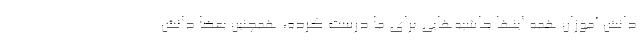
دانش آموزان همه اینها حاشیه‌هایی برای ما درست کرده، همچنین بعضا دانش